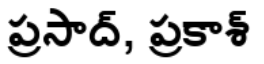
ప్రసాద్, ప్రకాశ్